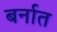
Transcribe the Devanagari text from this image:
बर्नात